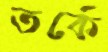
তর্কে